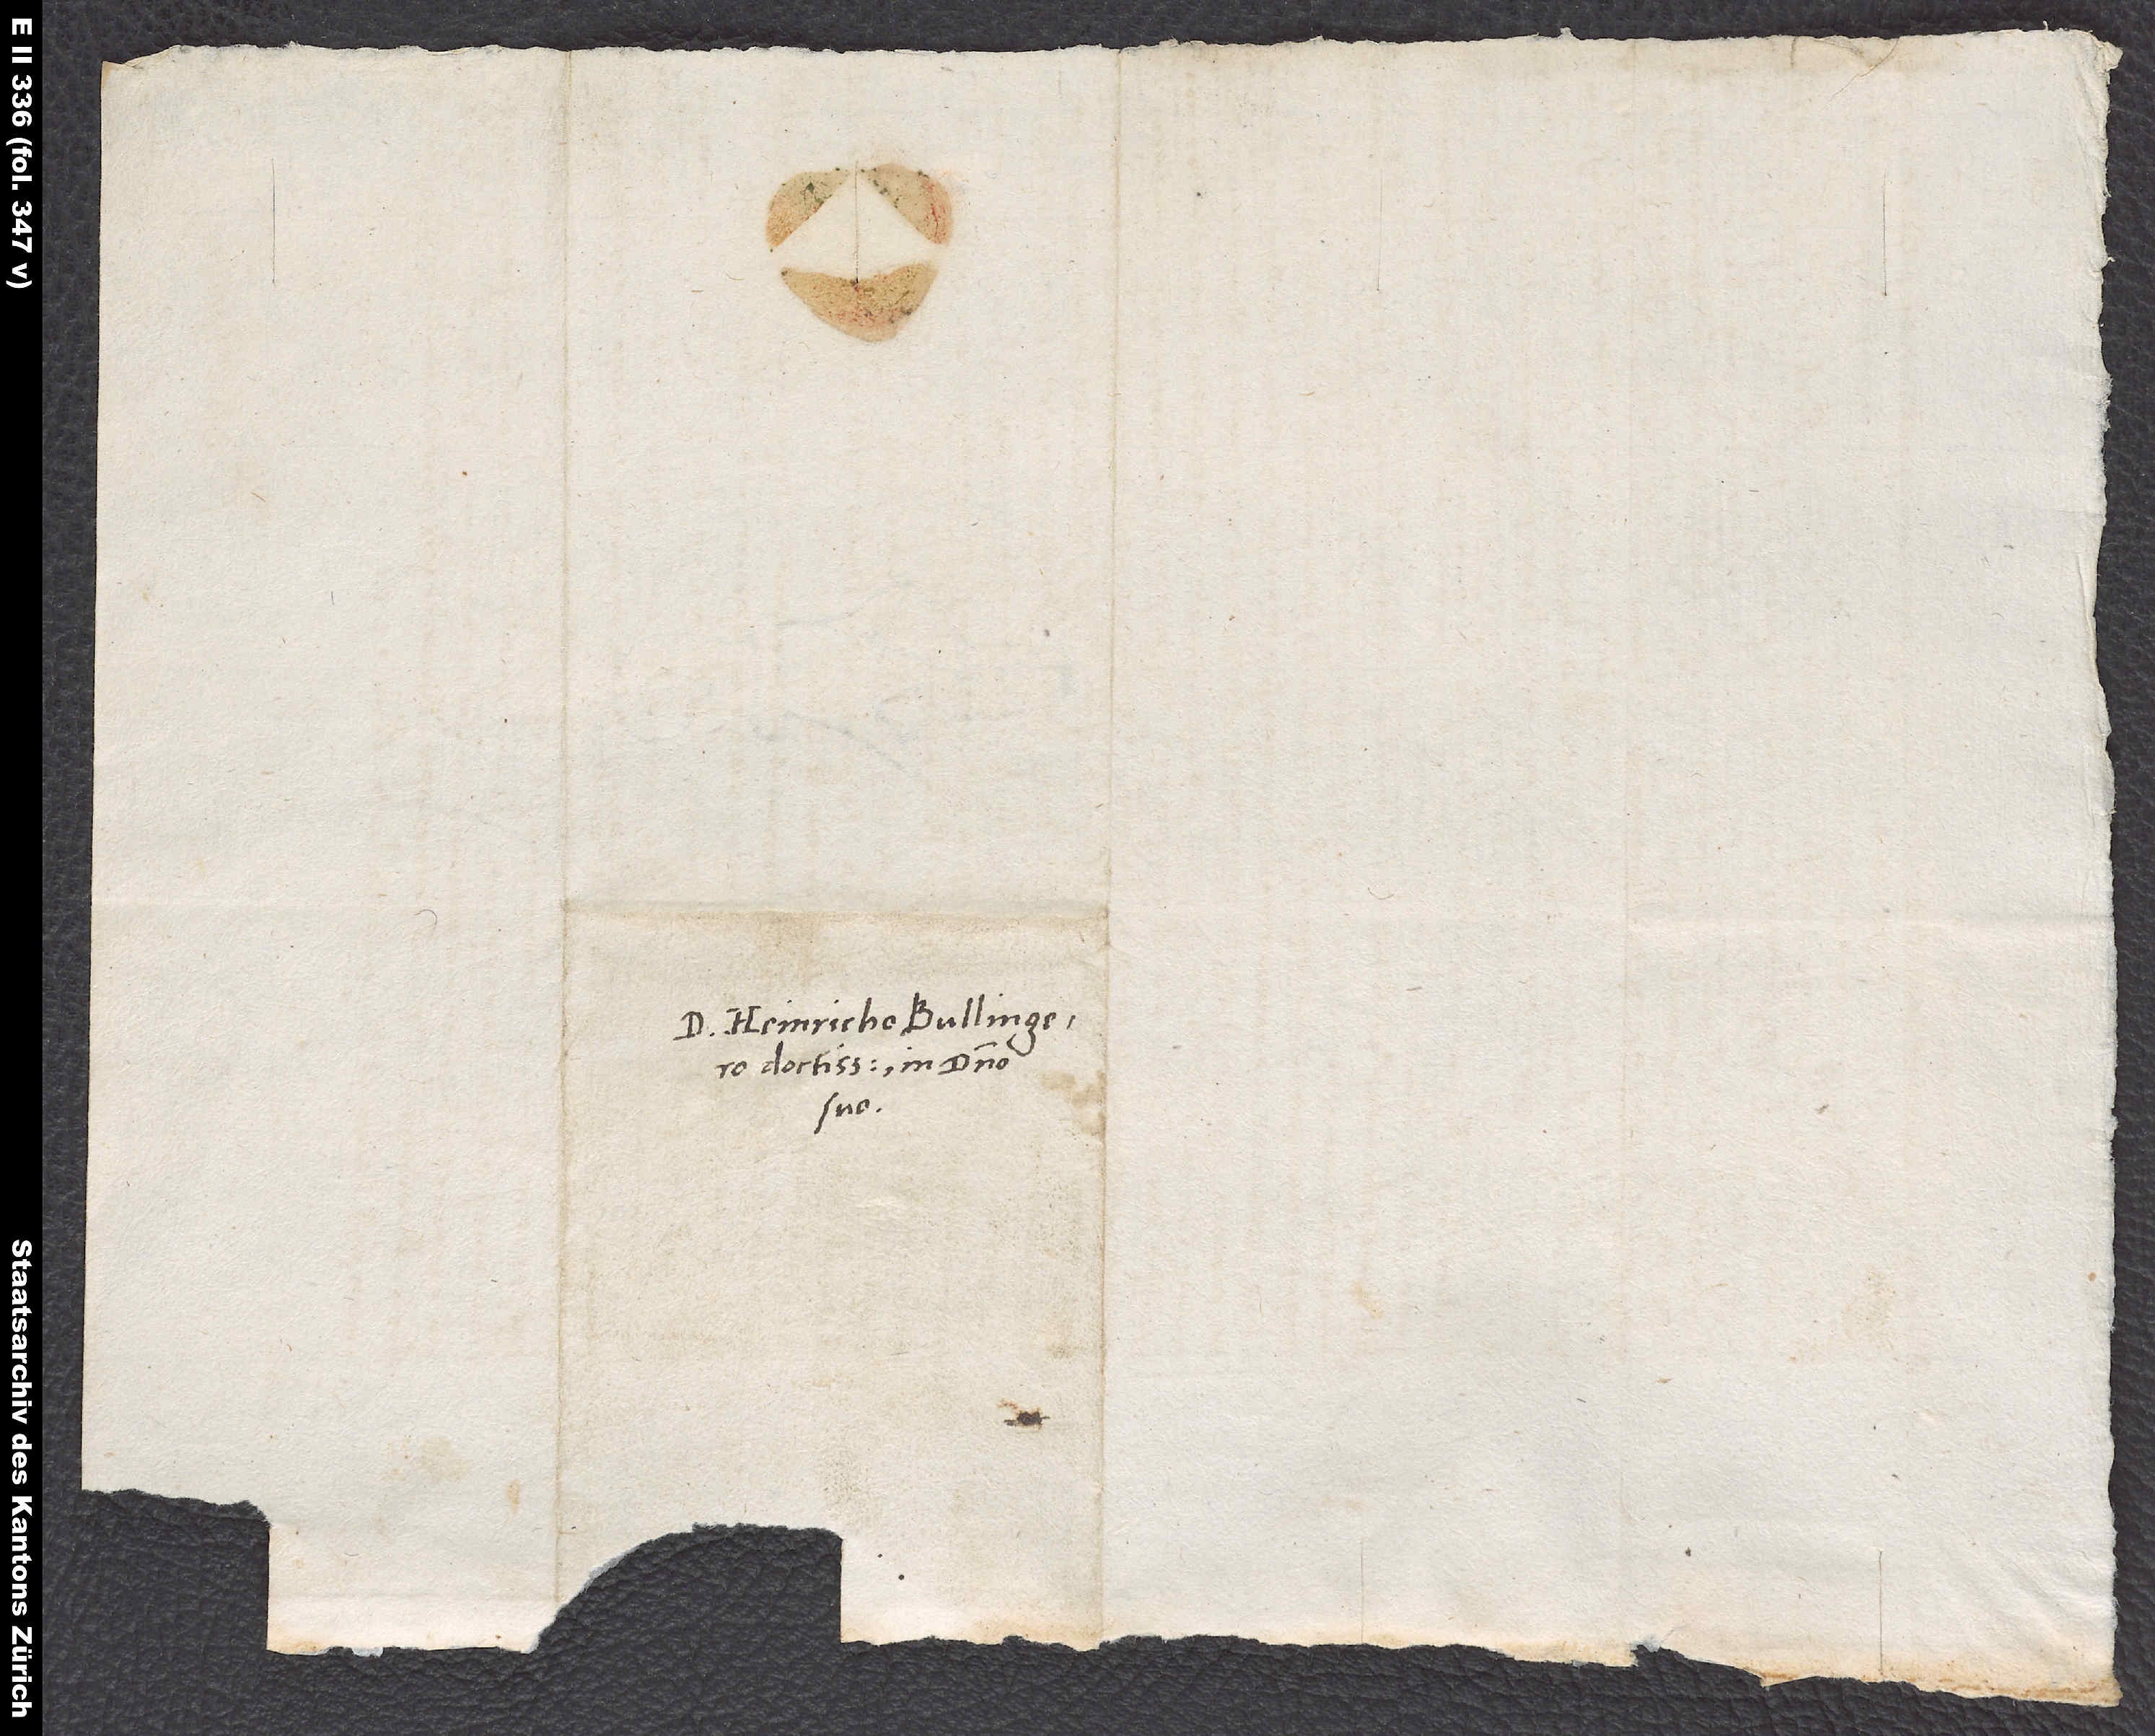
D. Heinricho Bullingero
doctissimo, in domino
suo.